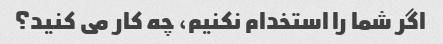
اگر شما را استخدام نکنیم، چه کار می کنید؟